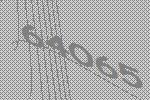
64065